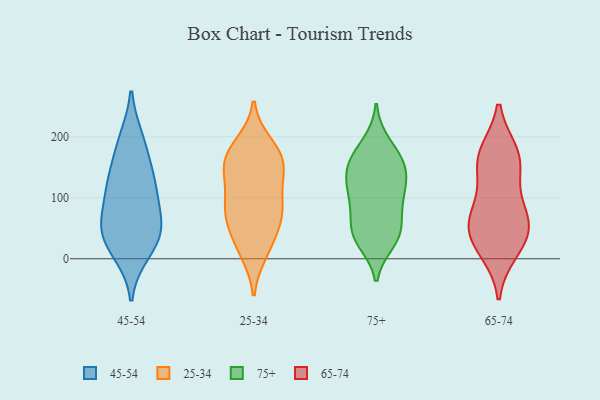
{"axis": {"x": "Conversion Rate (%)", "y": "Value"}, "legend": ["25-34", "45-54", "65-74", "75+"], "data": [{"x": "", "y": 195, "type": "45-54"}, {"x": "", "y": 187, "type": "45-54"}, {"x": "", "y": 129, "type": "45-54"}, {"x": "", "y": 125, "type": "45-54"}, {"x": "", "y": 43, "type": "45-54"}, {"x": "", "y": 58, "type": "45-54"}, {"x": "", "y": 129, "type": "45-54"}, {"x": "", "y": 22, "type": "45-54"}, {"x": "", "y": 96, "type": "45-54"}, {"x": "", "y": 60, "type": "45-54"}, {"x": "", "y": 46, "type": "45-54"}, {"x": "", "y": 11, "type": "45-54"}, {"x": "", "y": 165, "type": "25-34"}, {"x": "", "y": 83, "type": "25-34"}, {"x": "", "y": 102, "type": "25-34"}, {"x": "", "y": 124, "type": "25-34"}, {"x": "", "y": 61, "type": "25-34"}, {"x": "", "y": 80, "type": "25-34"}, {"x": "", "y": 188, "type": "25-34"}, {"x": "", "y": 80, "type": "25-34"}, {"x": "", "y": 14, "type": "25-34"}, {"x": "", "y": 10, "type": "25-34"}, {"x": "", "y": 145, "type": "25-34"}, {"x": "", "y": 147, "type": "25-34"}, {"x": "", "y": 63, "type": "25-34"}, {"x": "", "y": 168, "type": "25-34"}, {"x": "", "y": 153, "type": "25-34"}, {"x": "", "y": 36, "type": "25-34"}, {"x": "", "y": 181, "type": "25-34"}, {"x": "", "y": 107, "type": "75+"}, {"x": "", "y": 145, "type": "75+"}, {"x": "", "y": 130, "type": "75+"}, {"x": "", "y": 155, "type": "75+"}, {"x": "", "y": 43, "type": "75+"}, {"x": "", "y": 43, "type": "75+"}, {"x": "", "y": 189, "type": "75+"}, {"x": "", "y": 140, "type": "75+"}, {"x": "", "y": 93, "type": "75+"}, {"x": "", "y": 47, "type": "75+"}, {"x": "", "y": 174, "type": "75+"}, {"x": "", "y": 86, "type": "75+"}, {"x": "", "y": 158, "type": "75+"}, {"x": "", "y": 29, "type": "75+"}, {"x": "", "y": 36, "type": "75+"}, {"x": "", "y": 105, "type": "75+"}, {"x": "", "y": 160, "type": "65-74"}, {"x": "", "y": 56, "type": "65-74"}, {"x": "", "y": 172, "type": "65-74"}, {"x": "", "y": 13, "type": "65-74"}, {"x": "", "y": 91, "type": "65-74"}, {"x": "", "y": 52, "type": "65-74"}, {"x": "", "y": 23, "type": "65-74"}, {"x": "", "y": 72, "type": "65-74"}, {"x": "", "y": 146, "type": "65-74"}, {"x": "", "y": 47, "type": "65-74"}, {"x": "", "y": 173, "type": "65-74"}]}